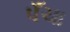
પઁચા